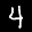
Label: 4